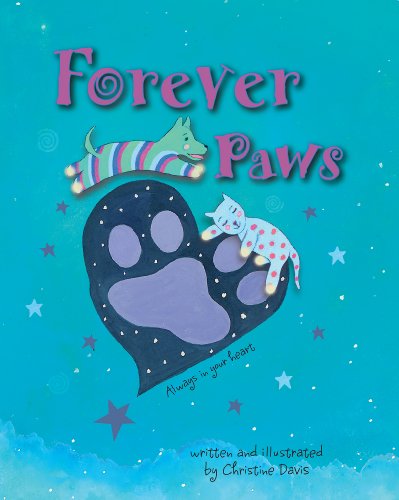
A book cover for Forever Paws; Christine Davis; Crafts, Hobbies & Home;